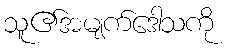
သူ၏အမျက်ဒေါသကို